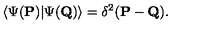
\langle \Psi ( { \bf P } ) | \Psi ( { \bf Q } ) \rangle = \delta ^ { 2 } ( { \bf P } - { \bf Q } ) .